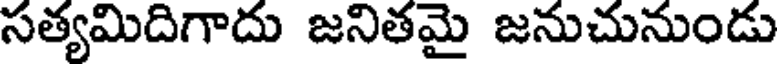
సత్యమిదిగాదు జనితమై జనుచునుండు